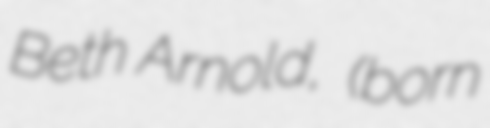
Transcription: Beth Arnold,  (born